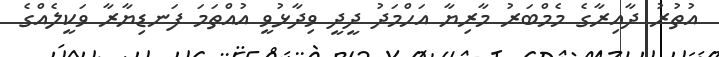
އުތުރު ދާއިރާގެ މެމްބަރު މާރިޔާ އަހްމަދު ދީދީ ވިދާޅުވީ އުއްތަމަ ފަނޑިޔާރާ ވަކީލެއްގެ